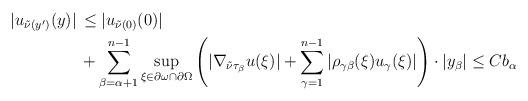
LaTeX: \begin{align*}\begin{aligned}|u_{\tilde{\nu} (y')} (y)| \,& \leq |u_{\tilde{\nu} (0)}(0)| \\ & + \sum_{\beta = \alpha+1}^{n-1} \sup_{\xi \in \partial \omega \cap \partial \Omega} \left(|\nabla_{\tilde{\nu}\tau_\beta} u (\xi)| + \sum_{\gamma=1}^{n-1}|\rho_{\gamma\beta} (\xi) u_\gamma (\xi)|\right) \cdot |y_\beta| \leq C b_\alpha\end{aligned}\end{align*}